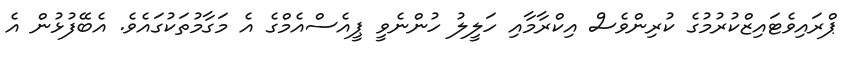
ޕްރައިވެޓައިޒްކުރުމުގެ ކުރިންވެސް އިކްރާމާއި ހަލީލު ހުންނެވީ ޕީއެސްއެމްގެ އެ މަގާމުތަކުގައެވެ. އެބޭފުޅުން އެ